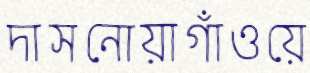
দাসনোয়াগাঁওয়ে